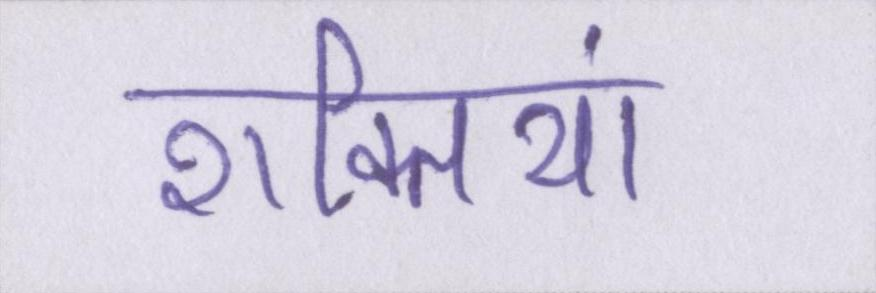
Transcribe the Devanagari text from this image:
शक्तियां